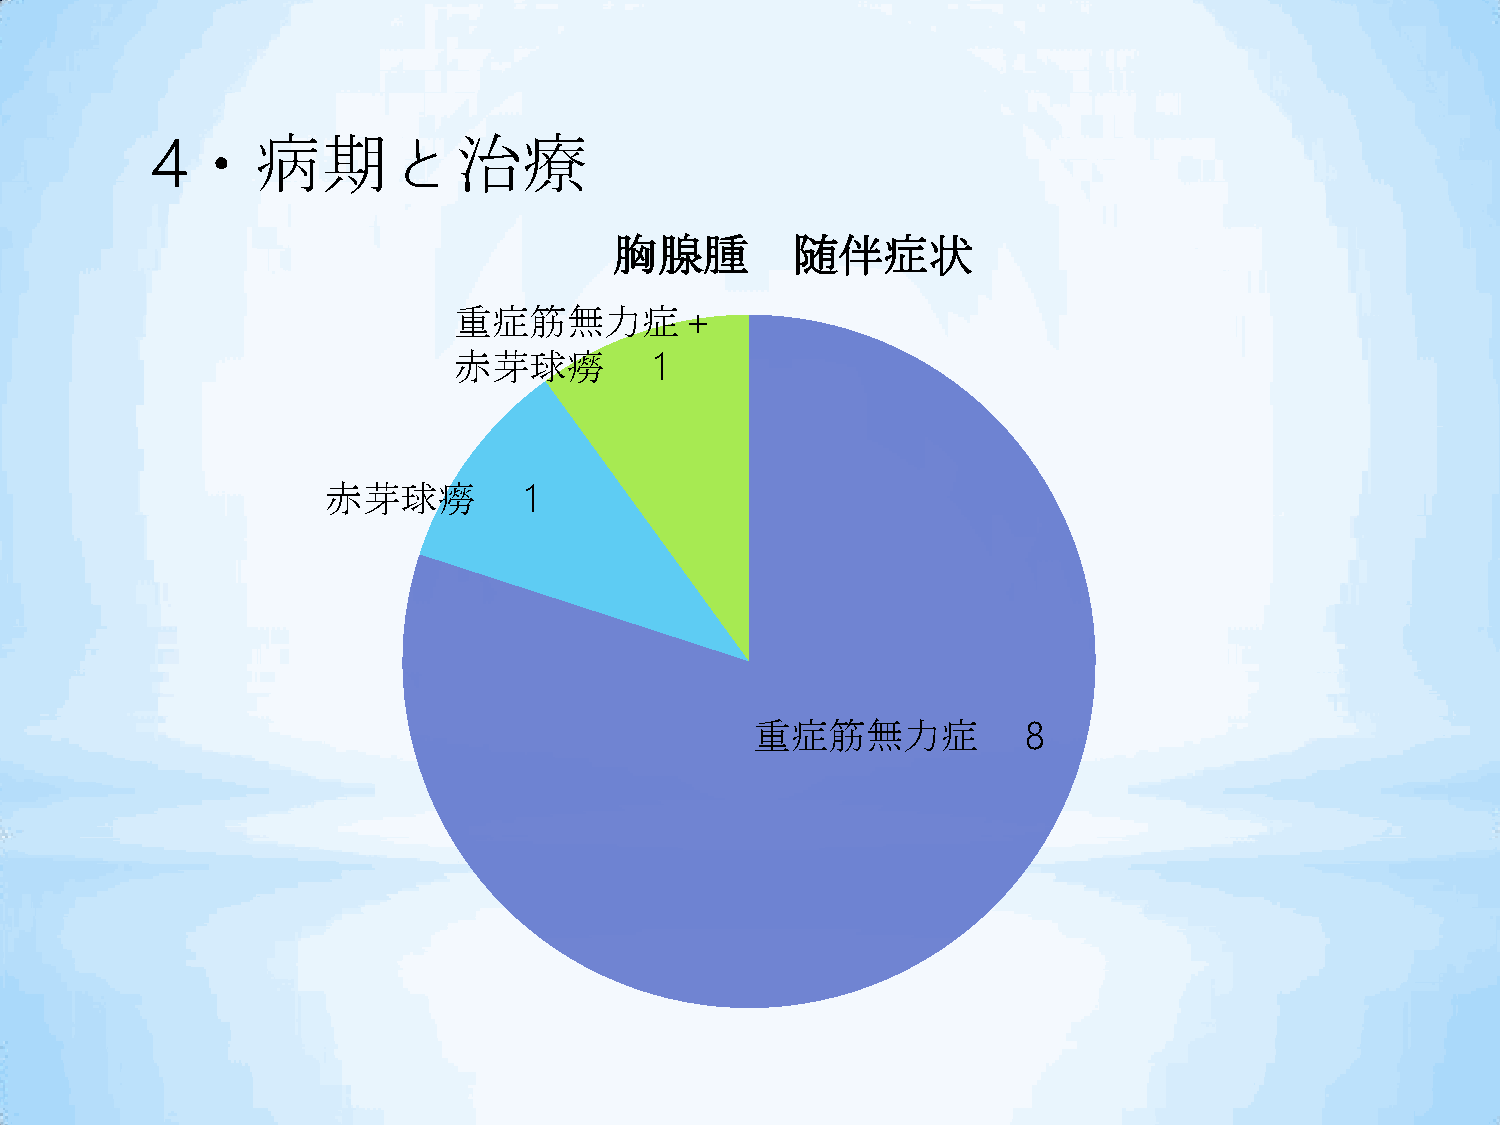
4・病期と治療
 胸腺腫         随伴症状
 重症筋無力症＋
 赤芽球癆        １
 赤芽球癆        １
 重症筋無力症           ８